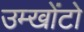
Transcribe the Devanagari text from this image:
उम्खोंटो